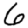
Digit: 6